Indian journal of veterinary science and animal husbandry - Volume 9,
Year: 1939
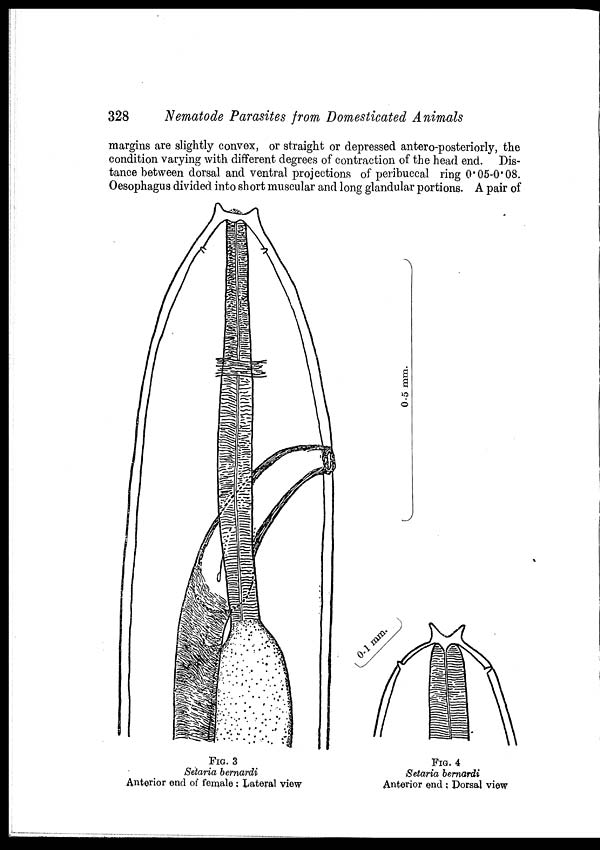
328
Nematode Parasites from Domesticated Animals
margins are slightly convex, or straight or depressed antero-posteriorly, the
condition varying with different degrees of contraction of the head end. Dis-
tance between dorsal and ventral projections of peribuccal ring 0.05-0.08.
Oesophagus divided into short muscular and long glandular portions. A pair of
FIG. 3
Setaria bernardi
Anterior end of female; Lateral view
FIG. 4
Setaria bernardi
Anterior end ; Dorsal view